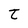
Character: t